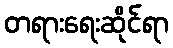
တရားရေးဆိုင်ရာ